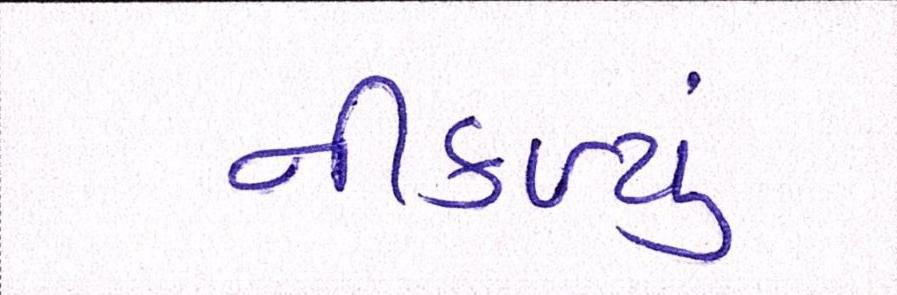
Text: નીકળ્યું